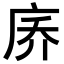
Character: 𪪑